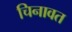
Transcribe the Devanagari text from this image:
चिनावत